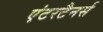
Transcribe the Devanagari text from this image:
एंटरटैनर्स